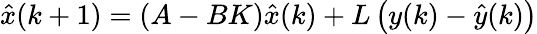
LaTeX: {\hat{x}}(k+1)=\left(A-BK\right){\hat{x}}(k)+L\left(y(k)-{\hat{y}}(k)\right)